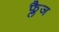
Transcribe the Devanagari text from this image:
फ्लैज